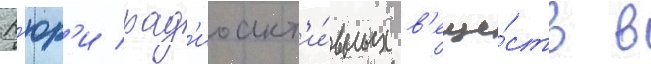
К'юр'и рад'иоакт'и́вных в'еще́ств в